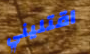
اقتليني